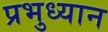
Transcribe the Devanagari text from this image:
प्रभुध्यान